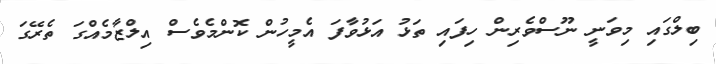
ބިލްގައި މިވަނީ ނޫސްވެރިން ހިފައި ތަޅު އަޅުވާފަ އެމީހުން ކޮންމެވެސް އިލްޒާމެއްގަ ތެރޭގަ